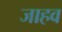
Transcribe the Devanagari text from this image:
जाहव